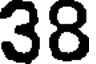
38